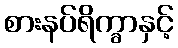
စားနပ်ရိက္ခာနှင့်